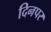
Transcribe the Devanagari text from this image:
दिनपर